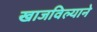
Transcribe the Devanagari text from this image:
खाजविल्याने